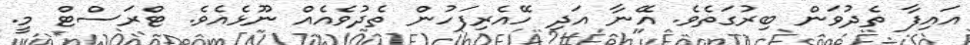
އައިފާ ތެދުވަން ބިރުގަތެވެ. އޭނާ އަދި ހޭއެރިފަހުން ތެދުވެއެއް ނޫޅެއެވެ. ޓްރަސްޓް މީ.